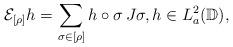
LaTeX: \begin{align*}\mathcal{E}_{[\rho]}h =\sum_{\sigma\in [\rho]} h \circ \sigma \, J\sigma , h \in L_a^2(\mathbb{D}), \end{align*}